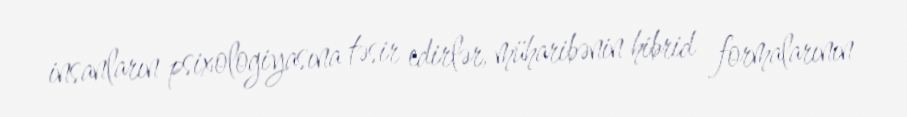
insanların psixologiyasına təsir edirlər, müharibənin hibrid formalarının